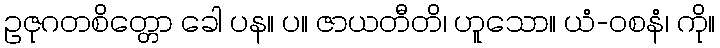
ဥဇုဂတစိတ္တော ခေါ ပန။ ပ။ ဇာယတီတိ၊ ဟူသော။ ယံ-ဝစနံ၊ ကို။